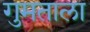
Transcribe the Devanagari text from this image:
गुमताला